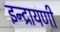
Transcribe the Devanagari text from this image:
इन्द्रायणी